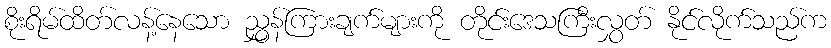
စိုးရိမ်ထိတ်လန့်နေသော ညွှန်ကြားချက်များကို တိုင်းဒေသကြီးလွှတ် နိုင်လိုက်သည်က